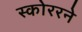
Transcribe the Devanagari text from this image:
स्कोररने